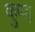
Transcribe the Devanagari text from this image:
कुण्ड़